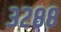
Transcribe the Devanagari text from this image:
३२८८